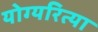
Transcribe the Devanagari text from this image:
योग्यरित्या